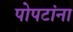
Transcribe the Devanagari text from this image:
पोपटांना